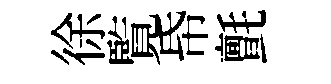
徐覧帋氈